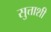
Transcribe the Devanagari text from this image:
सुत्ताशी